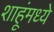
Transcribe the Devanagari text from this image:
शाहूंमध्ये